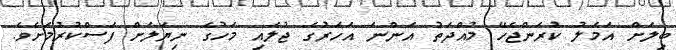
ބިލަށް އަމަލު ކުރަންޖެހޭ މުއްދަތު އަންނަ އަހަރުގެ ޖުލައި މަހުގެ ނިޔަލަށް ފަސްކުރުމަށެވެ.